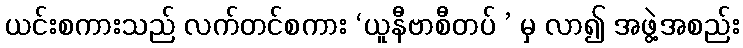
ယင်းစကားသည် လက်တင်စကား ‘ယူနီဗာစီတပ် ’ မှ လာ၍ အဖွဲ့အစည်း